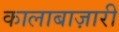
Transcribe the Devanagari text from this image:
कालाबाज़ारी